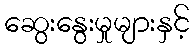
ဆွေးနွေးမှုများနှင့်